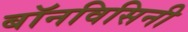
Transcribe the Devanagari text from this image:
बॉनविसिनी